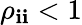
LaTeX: \rho_{\mathbf{i}\mathbf{i}}<1